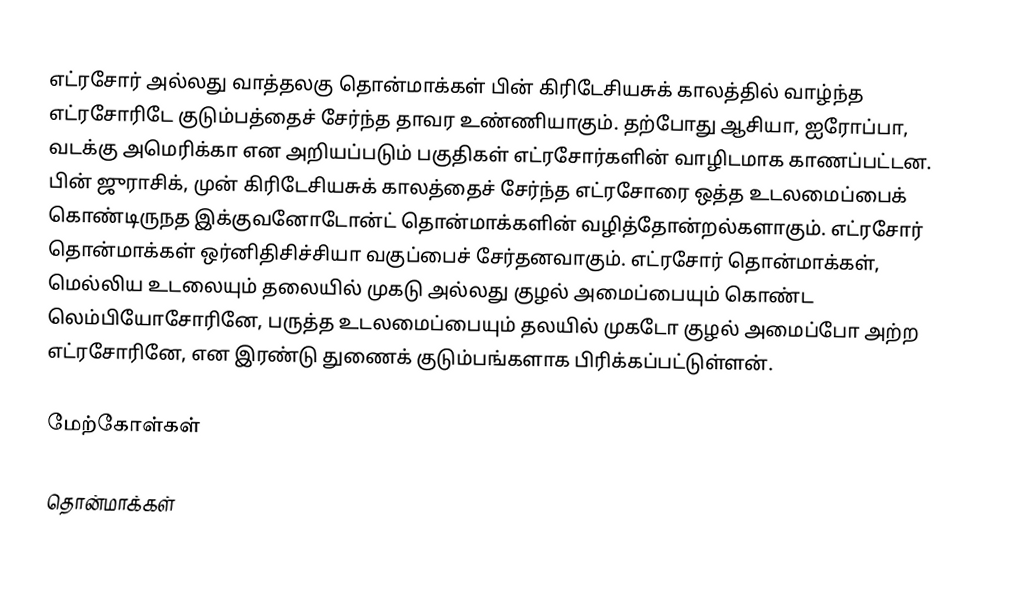
எட்ரசோர் அல்லது வாத்தலகு தொன்மாக்கள் பின் கிரிடேசியசுக் காலத்தில் வாழ்ந்த எட்ரசோரிடே குடும்பத்தைச் சேர்ந்த தாவர உண்ணியாகும். தற்போது ஆசியா, ஐரோப்பா, வடக்கு அமெரிக்கா என அறியப்படும் பகுதிகள் எட்ரசோர்களின் வாழிடமாக காணப்பட்டன. பின் ஜுராசிக், முன் கிரிடேசியசுக் காலத்தைச் சேர்ந்த எட்ரசோரை ஒத்த உடலமைப்பைக் கொண்டிருநத இக்குவனோடோன்ட் தொன்மாக்களின் வழித்தோன்றல்களாகும். எட்ரசோர் தொன்மாக்கள் ஒர்னிதிசிச்சியா வகுப்பைச் சேர்தனவாகும். எட்ரசோர் தொன்மாக்கள், மெல்லிய உடலையும் தலையில் முகடு அல்லது குழல் அமைப்பையும் கொண்ட லெம்பியோசோரினே, பருத்த உடலமைப்பையும் தலயில் முகடோ குழல் அமைப்போ அற்ற எட்ரசோரினே, என இரண்டு துணைக் குடும்பங்களாக பிரிக்கப்பட்டுள்ளன்.

மேற்கோள்கள்

தொன்மாக்கள்